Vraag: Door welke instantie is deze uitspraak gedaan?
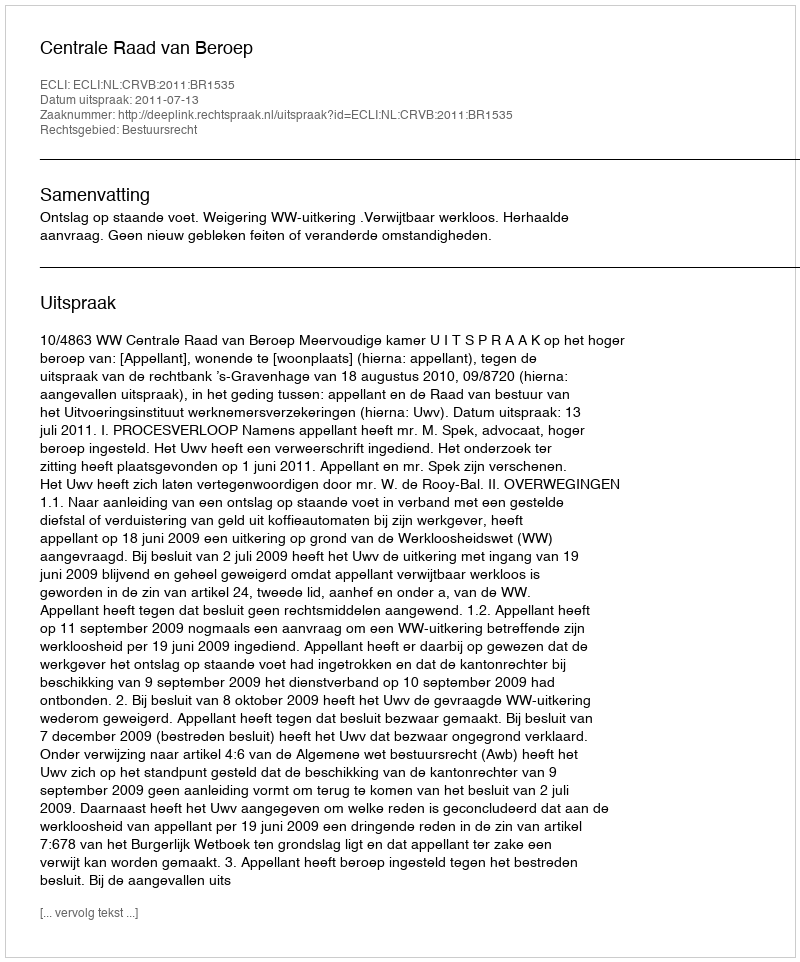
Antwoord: Centrale Raad van Beroep